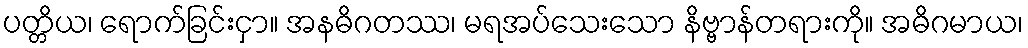
ပတ္တိယ၊ ရောက်ခြင်းငှာ။ အနဓိဂတဿ၊ မရအပ်သေးသော နိဗ္ဗာန်တရားကို။ အဓိဂမာယ၊